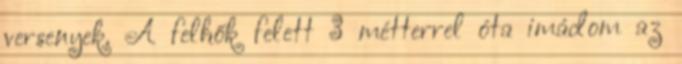
versenyek. A felhők felett 3 métterrel óta imádom az